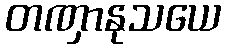
တဏှာနုသယေ